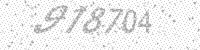
Solution: 978704